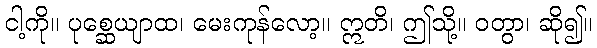
ငါ့ကို။ ပုစ္ဆေယျာထ၊ မေးကုန်လော့။ ဣတိ၊ ဤသို့။ ဝတွာ၊ ဆို၍။